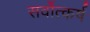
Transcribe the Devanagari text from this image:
सर्वोत्कर्ष